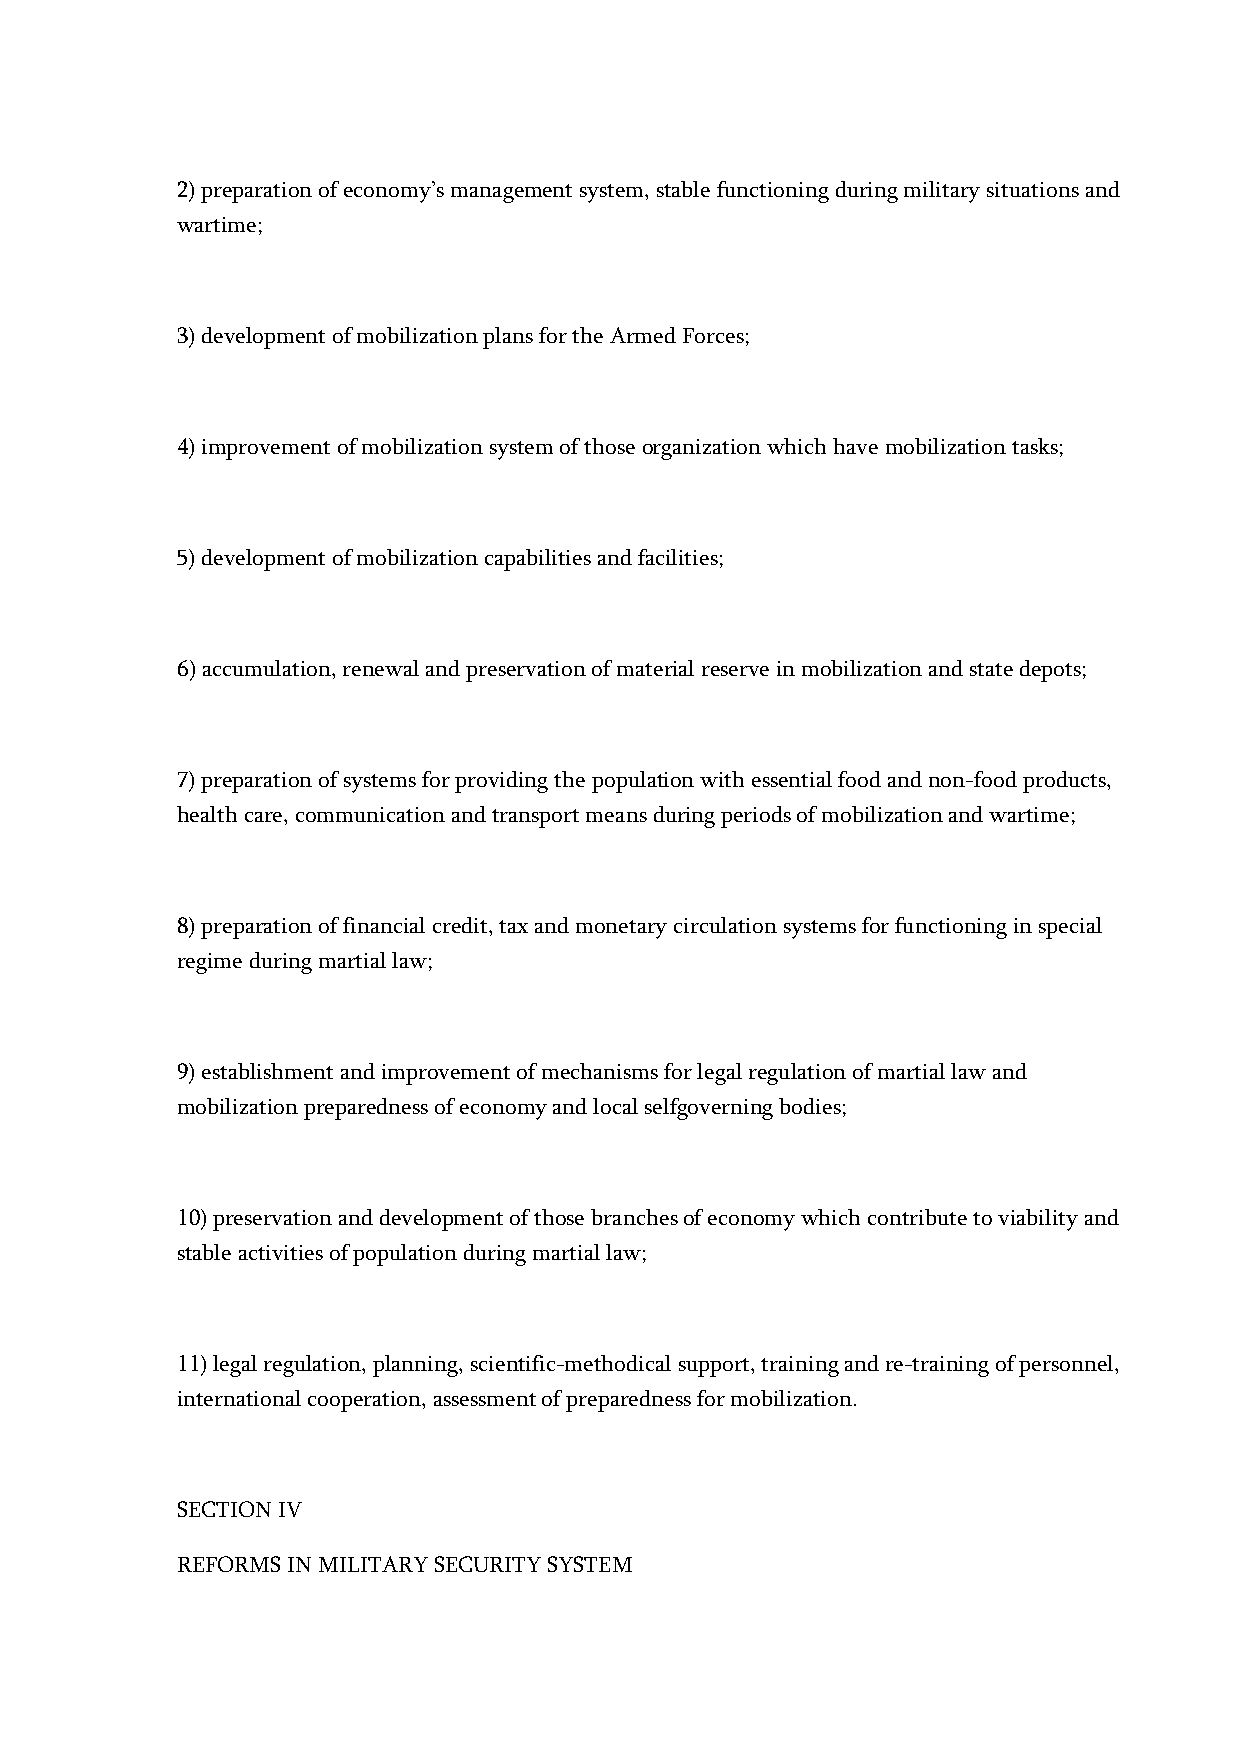
2) preparation of economy’s management system, stable functioning during military situations and
 wartime;
 3) development of mobilization plans for the Armed Forces;
 4) improvement of mobilization system of those organization which have mobilization tasks;
 5) development of mobilization capabilities and facilities;
 6) accumulation, renewal and preservation of material reserve in mobilization and state depots;
 7) preparation of systems for providing the population with essential food and non-food products,
 health care, communication and transport means during periods of mobilization and wartime;
 8) preparation of financial credit, tax and monetary circulation systems for functioning in special
 regime during martial law;
 9) establishment and improvement of mechanisms for legal regulation of martial law and
 mobilization preparedness of economy and local selfgoverning bodies;
 10) preservation and development of those branches of economy which contribute to viability and
 stable activities of population during martial law;
 11) legal regulation, planning, scientific-methodical support, training and re-training of personnel,
 international cooperation, assessment of preparedness for mobilization.
 SECTION IV
 REFORMS IN MILITARY SECURITY SYSTEM